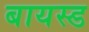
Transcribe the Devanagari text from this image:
बायस्ड